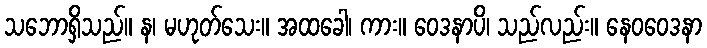
သဘောရှိသည်။ န၊ မဟုတ်သေး။ အထခေါ၊ ကား။ ဝေဒနာပိ၊ သည်လည်း။ နေဝဝေဒနာ